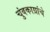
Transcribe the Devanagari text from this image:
चुंबकाग्रांचे